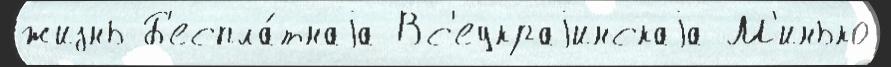
жизнь Б'еспла́тнаjа Вс'еукраjинскаjа М'инько